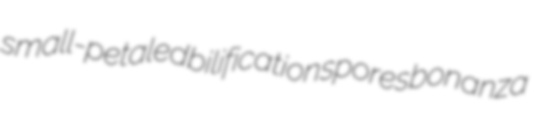
small-petaled bilification spores bonanza